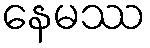
နေမဿ